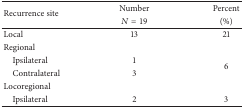
<table><thead><tr><td rowspan="2"><b>Recurrence site</b></td><td><b>Number</b></td><td><b>Percent</b></td></tr><tr><td><b><i>N</i> = 19</b></td><td><b>(%)</b></td></tr></thead><tbody><tr><td>Local</td><td>13</td><td>21</td></tr><tr><td>Regional</td><td> </td><td> </td></tr><tr><td> Ipsilateral</td><td>1</td><td rowspan="2">6</td></tr><tr><td> Contralateral</td><td>3</td></tr><tr><td>Locoregional </td><td> </td><td> </td></tr><tr><td> Ipsilateral</td><td>2</td><td>3</td></tr></tbody></table>